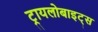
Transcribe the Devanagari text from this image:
ट्रायलोबाइट्स